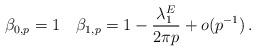
LaTeX: \begin{align*}\beta_{0,p}=1\quad\beta_{1,p}=1-\frac{\lambda_1^E}{2\pi p}+o(p^{-1})\,.\end{align*}